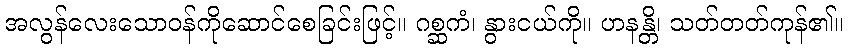
အလွန်လေးသောဝန်ကိုဆောင်စေခြင်းဖြင့်။ ဂစ္ဆကံ၊ နွားငယ်ကို။ ဟနန္တိ၊ သတ်တတ်ကုန်၏။